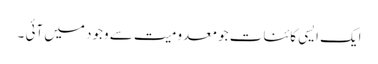
ایک ایسی کائنات جو معدومیت سے وجود میں آئی ۔